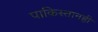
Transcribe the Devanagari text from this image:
पाकिस्तानही